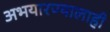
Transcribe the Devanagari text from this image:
अभयारण्यालाही